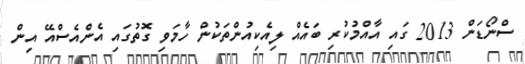
ސްނޯޑަން 2013 ގައި އާއްމުކުރި ބައެއް ލިއެކިއުންތަކުން ހާމަވި ގޮތުގައި އެންއެސްއޭ އިން